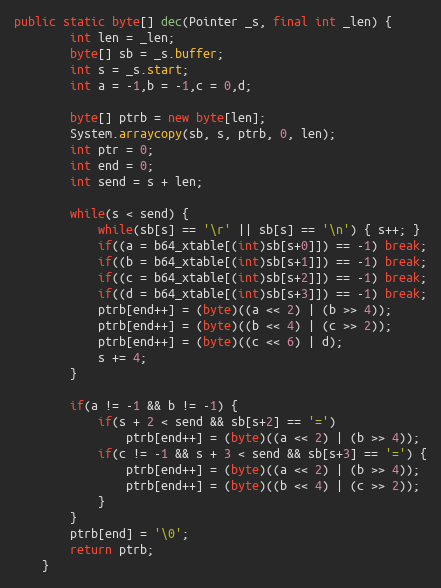
Language: Java
public static byte[] dec(Pointer _s, final int _len) {
        int len = _len;
        byte[] sb = _s.buffer;
        int s = _s.start;
        int a = -1,b = -1,c = 0,d;

        byte[] ptrb = new byte[len];
        System.arraycopy(sb, s, ptrb, 0, len);
        int ptr = 0;
        int end = 0;
        int send = s + len;

        while(s < send) {
            while(sb[s] == '\r' || sb[s] == '\n') { s++; }
            if((a = b64_xtable[(int)sb[s+0]]) == -1) break;
            if((b = b64_xtable[(int)sb[s+1]]) == -1) break;
            if((c = b64_xtable[(int)sb[s+2]]) == -1) break;
            if((d = b64_xtable[(int)sb[s+3]]) == -1) break;
            ptrb[end++] = (byte)((a << 2) | (b >> 4));
            ptrb[end++] = (byte)((b << 4) | (c >> 2));
            ptrb[end++] = (byte)((c << 6) | d);
            s += 4;
        }

        if(a != -1 && b != -1) {
            if(s + 2 < send && sb[s+2] == '=')
                ptrb[end++] = (byte)((a << 2) | (b >> 4));
            if(c != -1 && s + 3 < send && sb[s+3] == '=') {
                ptrb[end++] = (byte)((a << 2) | (b >> 4));
                ptrb[end++] = (byte)((b << 4) | (c >> 2));
            }
        }
        ptrb[end] = '\0';
        return ptrb;
    }